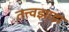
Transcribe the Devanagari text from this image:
तत्त्वझाडा